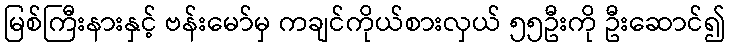
မြစ်ကြီးနားနှင့် ဗန်းမော်မှ ကချင်ကိုယ်စားလှယ် ၅၅ဦးကို ဦးဆောင်၍